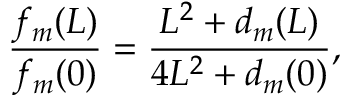
\frac { f _ { m } ( L ) } { f _ { m } ( 0 ) } = \frac { L ^ { 2 } + d _ { m } ( L ) } { 4 L ^ { 2 } + d _ { m } ( 0 ) } ,